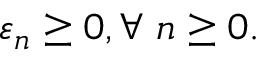
\varepsilon _ { n } \geq 0 , \forall \; n \geq 0 .